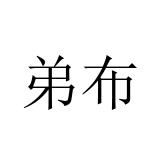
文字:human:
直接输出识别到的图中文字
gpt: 弟布